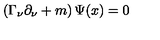
\left( \Gamma _ { \nu } \partial _ { \nu } + m \right) \Psi ( x ) = 0